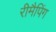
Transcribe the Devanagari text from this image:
रीमैपिंग